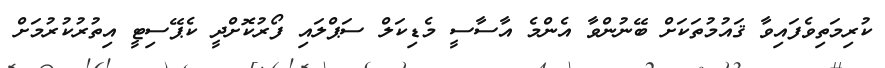
ކުރިމަތިވެފައިވާ ޤައުމުތަކަށް ބޭނުންވާ އެންމެ އާސާސީ މެޑިކަލް ސަޕްލައި ފޯރުކޮށްދީ ކެޕޭސިޓީ އިތުރުކުރުމަށް